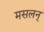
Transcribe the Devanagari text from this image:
मसलन्